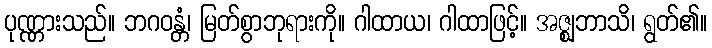
ပုဏ္ဏားသည်။ ဘဂဝန္တံ၊ မြတ်စွာဘုရားကို။ ဂါထာယ၊ ဂါထာဖြင့်။ အဇ္ဈဘာသိ၊ ရွတ်၏။